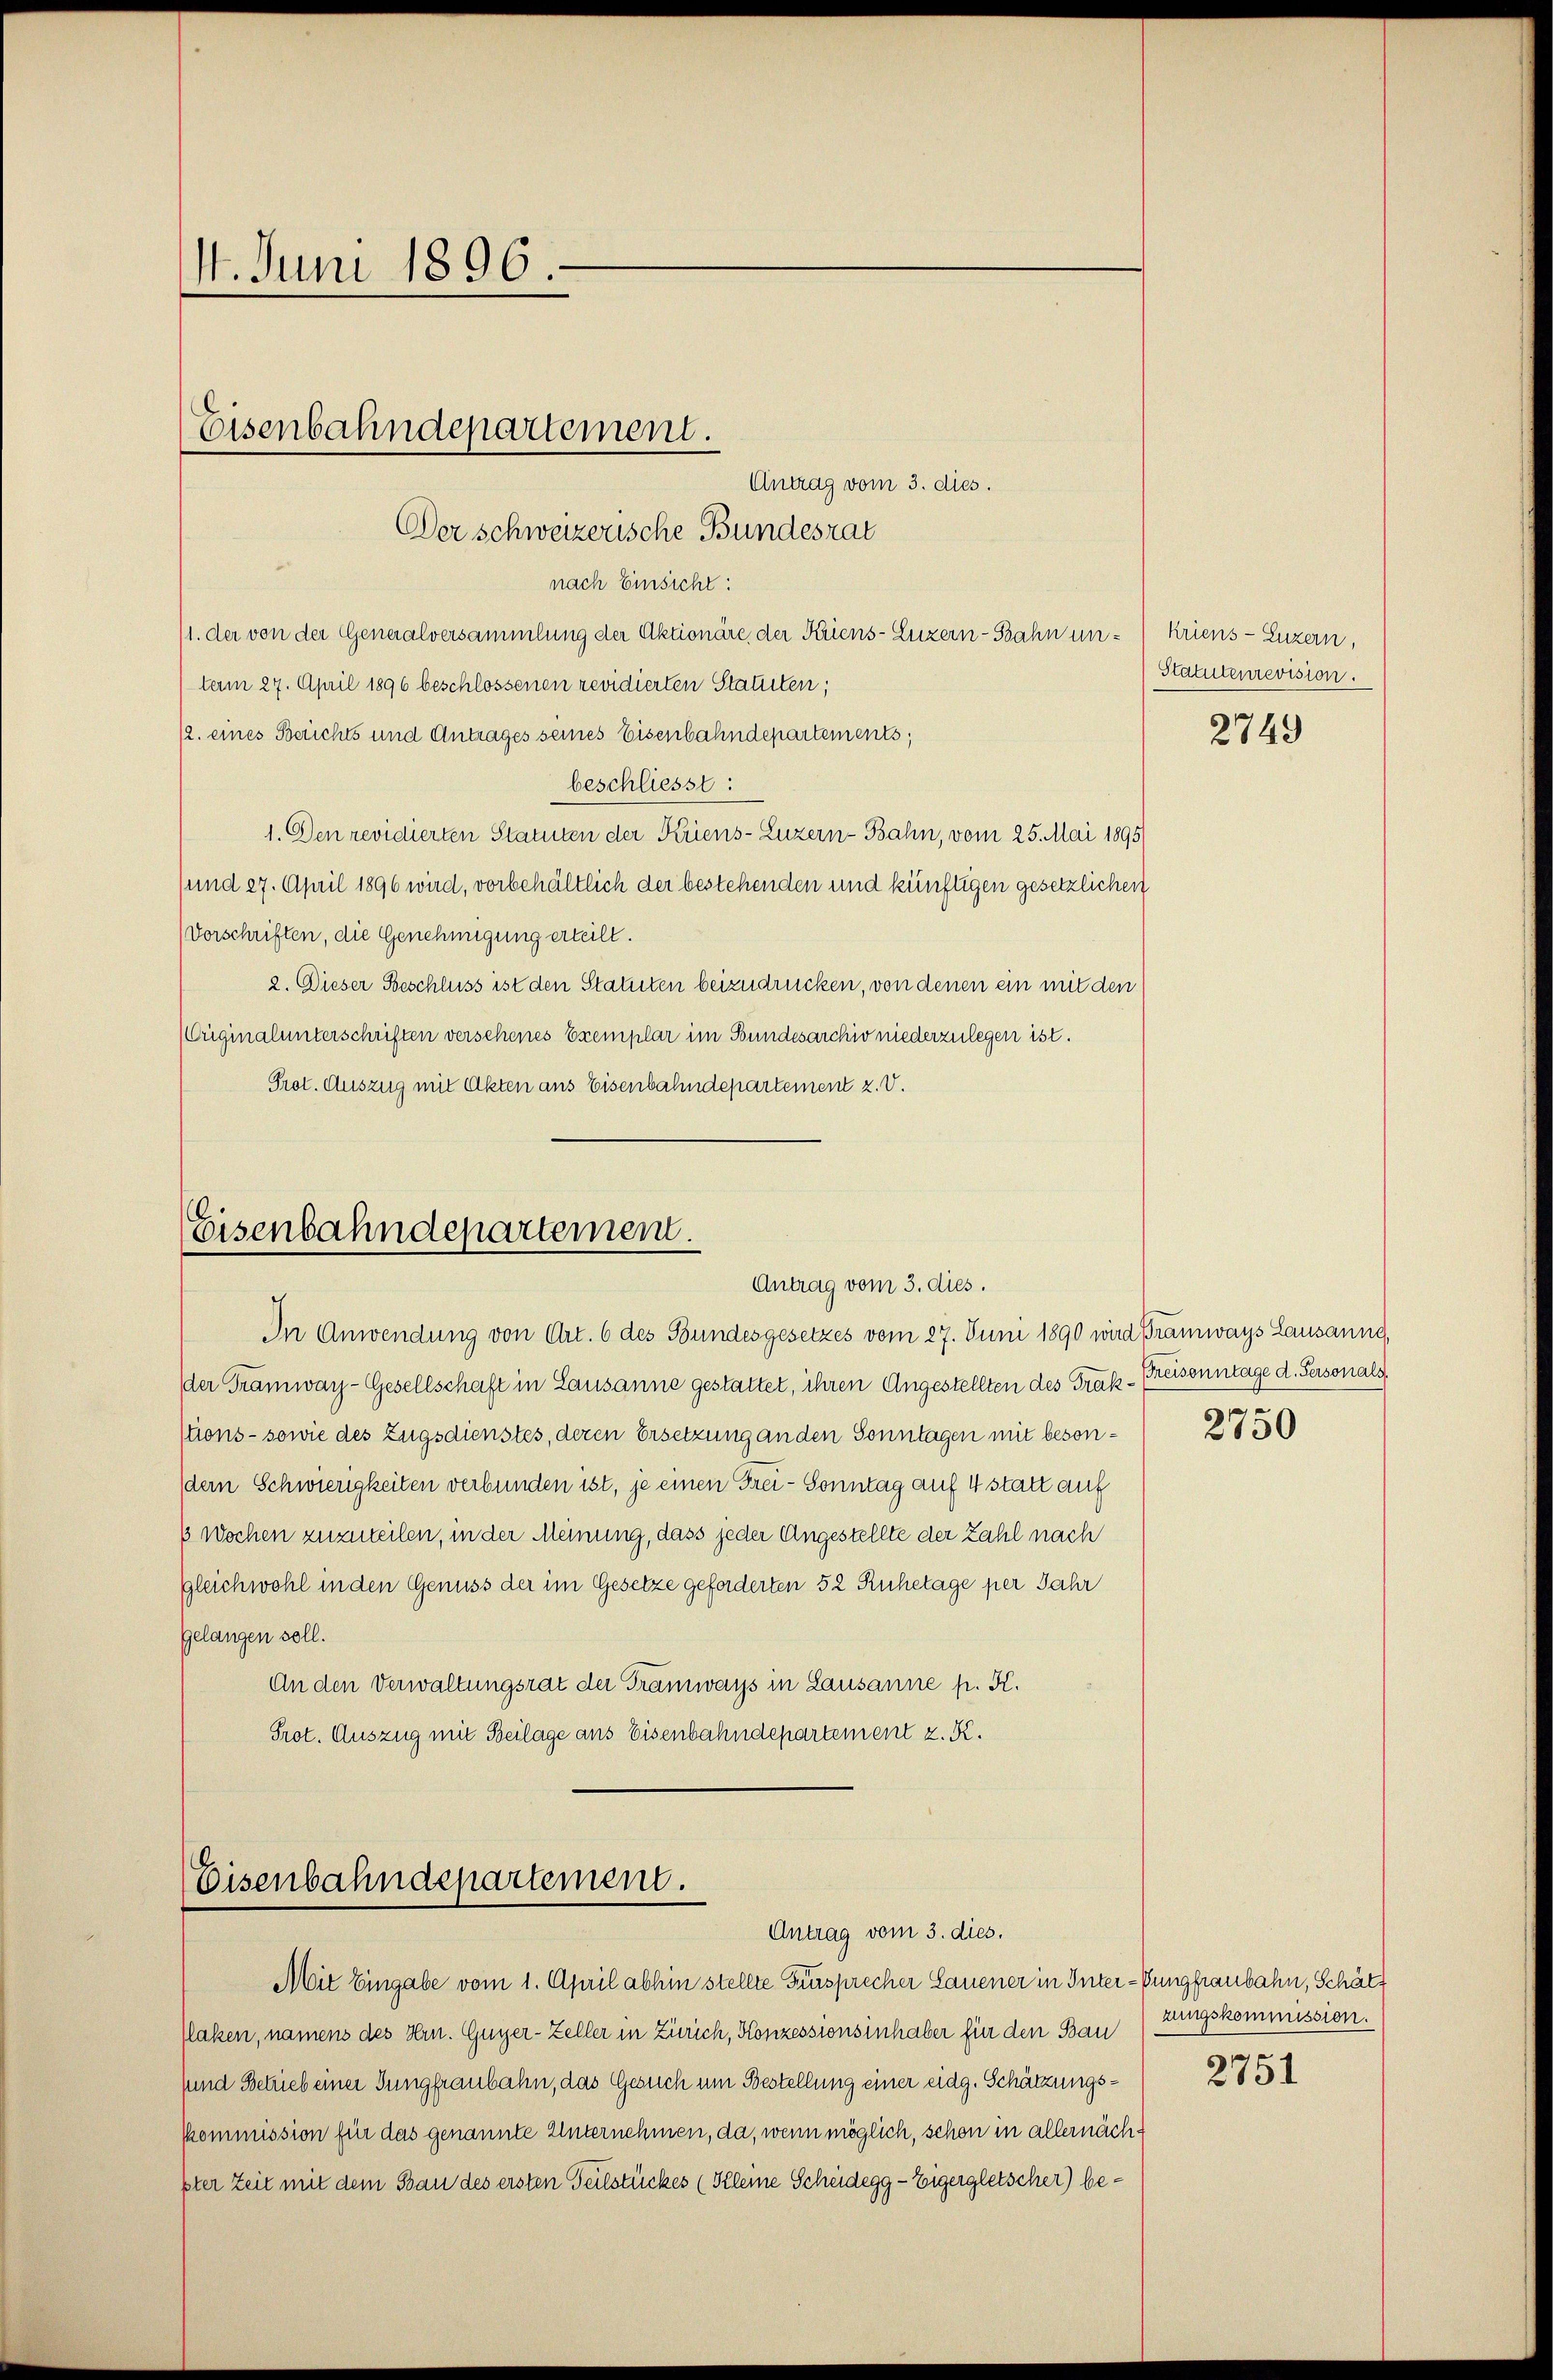
14. Juni 1896.

Eisenbahndepartement.

Antrag vom 3. dies.
Der schweizerische Bundesrat

nach Einsicht:
11. der von der Generalversammlung der Aktionäre, der Kriens-Luzern-Bahn unterm 27. April 1896 beschlossenen revidierten Statuten;
(2. eines Berichts und Antrages seines Eisenbahndepartements,
beschliesst:
1. Den revidierten Statuten der Kriens-Luzern-Bahn, vom 25. Mai 1895)
(und 27. April 1896 wird, vorbehältlich der bestehenden und künftigen gesetzlichen
Vorschriften, die Genehmigung erteilt.
2. Dieser Beschluss ist den Statuten beizudrücken, von denen ein mit den
Originalunterschriften verschenes Exemplar im Bundesarchiv niederzulegen ist.
Prot. Auszug mit Akten ans Eisenbahndepartement z. V.

Eisenbahndepartement.
Antrag vom 3. dies.

In Anwendung von Art. 6 des Bundesgesetzes vom 27. Juni 1890 wird Tramways Lausanne,
der Tramway-Gesellschaft in Lausanne gestattet, ihren Angestellten des Trak¬
Mions- sowie des Zugsdienstes, deren Ersetzung an den Sonntagen mit beson¬
(dern Schwierigkeiten verbunden ist, je einen Frei- Sonntag auf 4 statt auf
6 Wochen zuzuweilen, in der Meinung, dass jeder Angestellte der Zahl nach
Gleichwohl in den Genuss der im Gesetze geforderten 52 Ruhetage per Jahr
Gelangen soll.
An den Verwaltungsrat der Tramways in Lausanne p. K.
Prot. Auszug mit Beilage ans Eisenbahndepartement z. K.

Eisenbahndepartement.
Antrag vom 3. dies.

Mit Eingabe vom 1. April abhin stellte Frusprecher Lauener in Inter-Pungfraubahn, Schätz
Plaken, namens des Hrn. Guyer-Zeller in Zürich, Konzessionsinhaber für den Bau
sund Betrieb einer Jungfraubahn, das Gesuch um Bestellung einer eidg. Schätzungskommission für das genannte Unternehmen, da, wenn möglich, schon in allernächpter Zeit mit dem Bau des ersten Teilstückes (Kleine Scheidegg - Eigergletscher) be¬

kriens- Luzern,
Statutenrevision.

2749

Freisonntage d. Personals.
2750

zungskommission.

2751